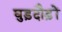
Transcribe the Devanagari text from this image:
घुड़दौड़ों